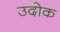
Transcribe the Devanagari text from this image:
उदोक